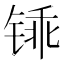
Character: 𫟽